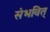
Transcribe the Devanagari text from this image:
संभवित्